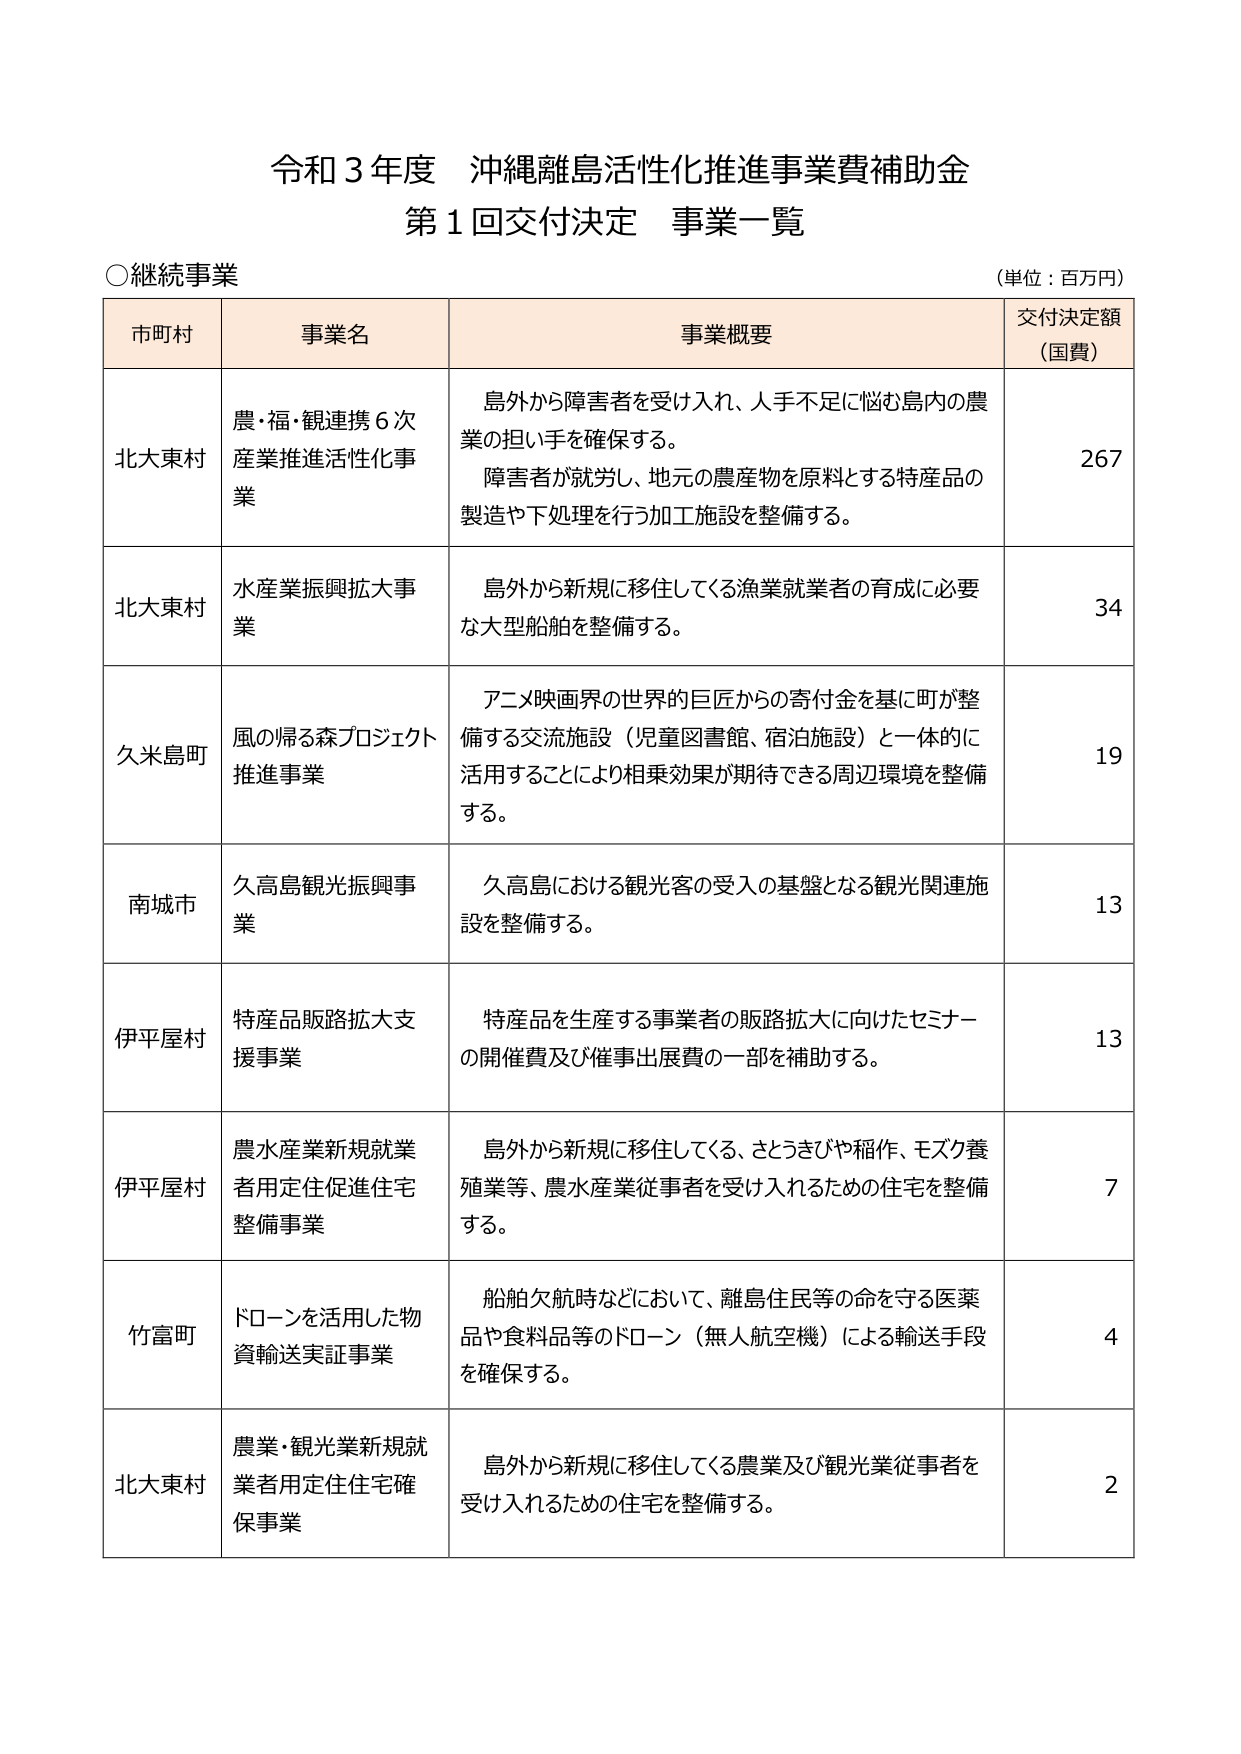
令和３年度 沖縄離島活性化推進事業費補助金
第１回交付決定 事業一覧

○継続事業
（単位：百万円）

市町村　　事業名　　　　　　　　　　　　　　　　　事業概要